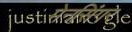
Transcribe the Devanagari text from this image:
मेनसिंगर